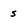
Character: 5